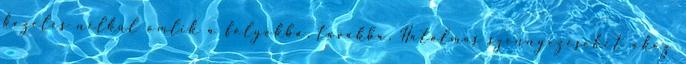
kezelés nélkül ömlik a folyókba, tavakba. Hatalmas szennyezéseket okoz